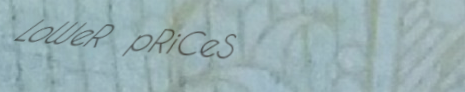
LoWeR pRiCeS